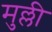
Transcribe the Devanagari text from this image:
मुल्ली